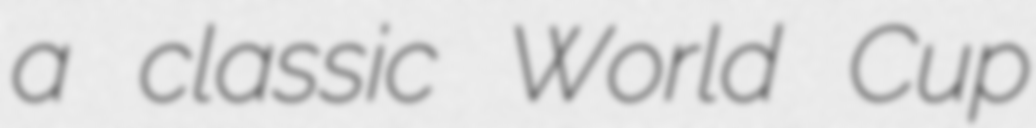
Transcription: a classic World Cup